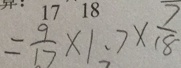
= \frac { 9 } { 1 7 } \times 1 . 7 \times \frac { 7 } { 1 8 }